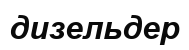
дизельдер